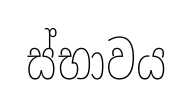
ස්භාවය